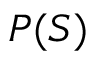
P ( S )